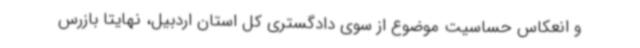
و انعکاس حساسیت موضوع از سوی دادگستری کل استان اردبیل، نهایتا بازرس